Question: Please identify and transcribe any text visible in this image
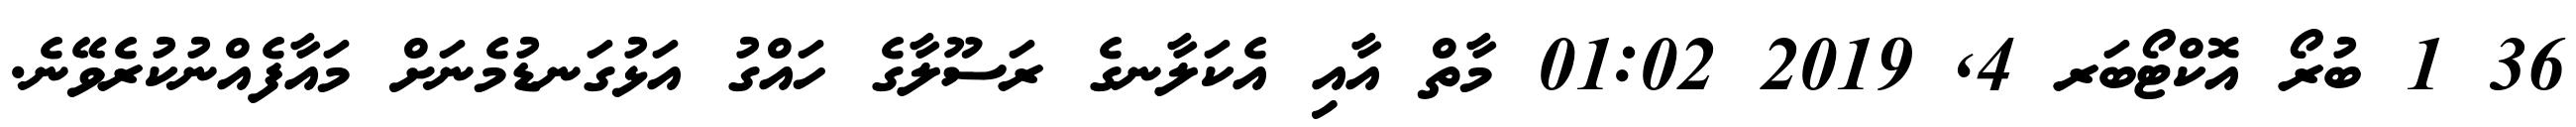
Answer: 36 1 ބުރޯ އޮކްޓޯބަރ 4, 2019 01:02 މާތް އާއި އެކަލާނގެ ރަސޫލާގެ ހައްގު އަޅުގަނޑުމެނަށް މައާފެއްނުކުރެވޭނެ.